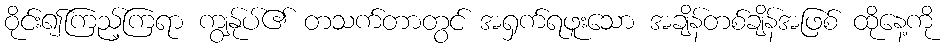
ဝိုင်း၍ကြည့်ကြရာ ကျွန်ုပ်၏ တသက်တာတွင် အရှက်ရဖူးသော အချိန်တစ်ချိန်အဖြစ် ထိုနေ့ကို